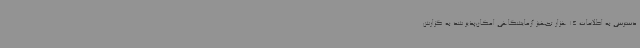
دسترسی به اطلاعات 14 هزار تجهیز آزمایشگاهی امکان‌پذیر شد به گزارش